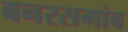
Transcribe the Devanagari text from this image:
बनरसगांव